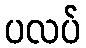
ပလပ်